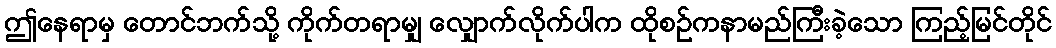
ဤနေရာမှ တောင်ဘက်သို့ ကိုက်တရာမျှ လျှောက်လိုက်ပါက ထိုစဉ်ကနာမည်ကြီးခဲ့သော ကြည့်မြင်တိုင်